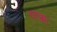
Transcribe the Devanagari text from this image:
साक्का